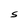
Character: S